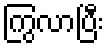
ကြွလာပြီး